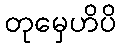
တုမှေဟိပိ